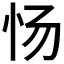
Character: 𰐿